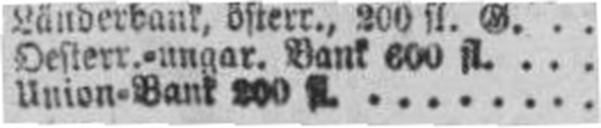
Union=Bank 200 fl.